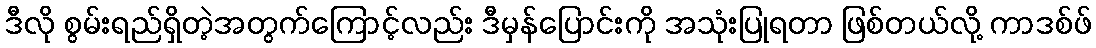
ဒီလို စွမ်းရည်ရှိတဲ့အတွက်ကြောင့်လည်း ဒီမှန်ပြောင်းကို အသုံးပြုရတာ ဖြစ်တယ်လို့ ကာဒစ်ဖ်